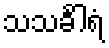
သသင်္ခါရံ